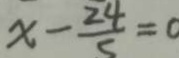
x - \frac { 2 4 } { 5 } = 0